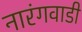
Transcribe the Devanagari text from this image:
नारंगवाडी